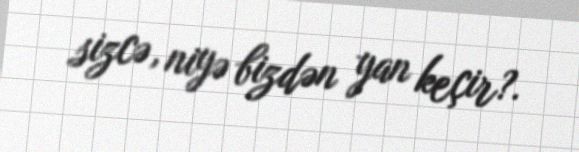
sizcə, niyə bizdən yan keçir?.